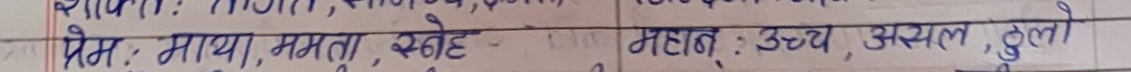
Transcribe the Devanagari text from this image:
पर्यायवाची शब्द
प्रेम : माया, ममता, स्नेह महान् : उच्च, असल, ठुलो